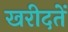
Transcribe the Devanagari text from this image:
खरीदतें